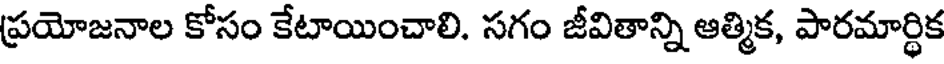
ప్రయోజనాల కోసం కేటాయించాలి. సగం జీవితాన్ని ఆత్మిక, పారమార్థిక